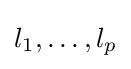
l_{1},\ldots ,l_{p}